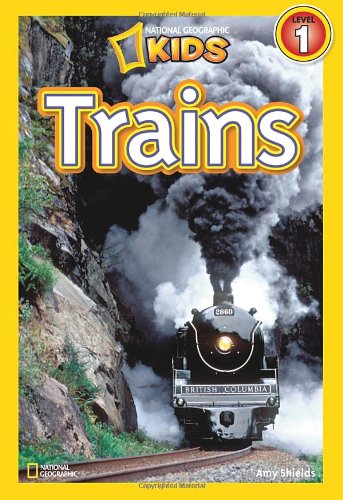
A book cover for National Geographic Readers: Trains; Amy Shields; Children's Books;